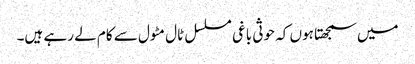
میں سمجھتا ہوں کہ حوثی باغی مسلسل ٹال مٹول سے کام لے رہے ہیں۔